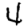
Digit: 4